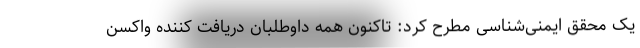
یک محقق ایمنی‌شناسی مطرح کرد: تاکنون همه داوطلبان دریافت کننده واکسن